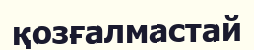
қозғалмастай